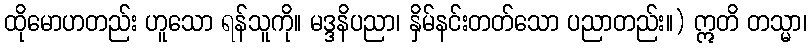
ထိုမောဟတည်း ဟူသော ရန်သူကို။ မဒ္ဒနိပညာ၊ နှိမ်နင်းတတ်သော ပညာတည်း။) ဣတိ တသ္မာ၊